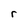
Character: r